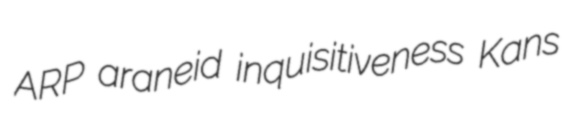
ARP araneid inquisitiveness Kans